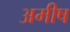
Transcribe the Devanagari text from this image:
अमीष